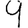
Digit: 9